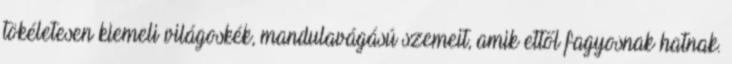
tökéletesen kiemeli világoskék, mandulavágású szemeit, amik ettől fagyosnak hatnak.